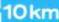
10 km